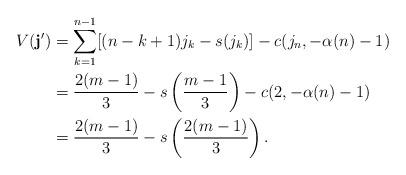
LaTeX: \begin{align*} V(\mathbf{j}') &= \sum_{k=1}^{n-1} [(n-k+1)j_k - s(j_k)] - c(j_n,-\alpha(n)-1) \\ &= \frac{2(m-1)}{3} - s\left(\frac{m-1}{3}\right) - c(2, -\alpha(n) -1) \\ &= \frac{2(m-1)}{3} - s\left(\frac{2(m-1)}{3}\right).\end{align*}